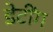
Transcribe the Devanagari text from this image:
डेटींग